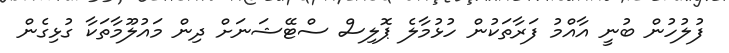
ފުލުހުން ބުނީ އާއްމު ފަރާތަކުން ހުޅުމާލެ ޕޮލިސް ސްޓޭޝަނަށް ދިން މައުލޫމާތަކާ ގުޅިގެން